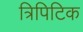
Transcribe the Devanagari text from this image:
त्रिपिटिक